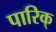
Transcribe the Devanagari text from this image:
पारिक्